Annual administration report of the Civil Veterinary Department of India - 1895-1896
Year: 1895
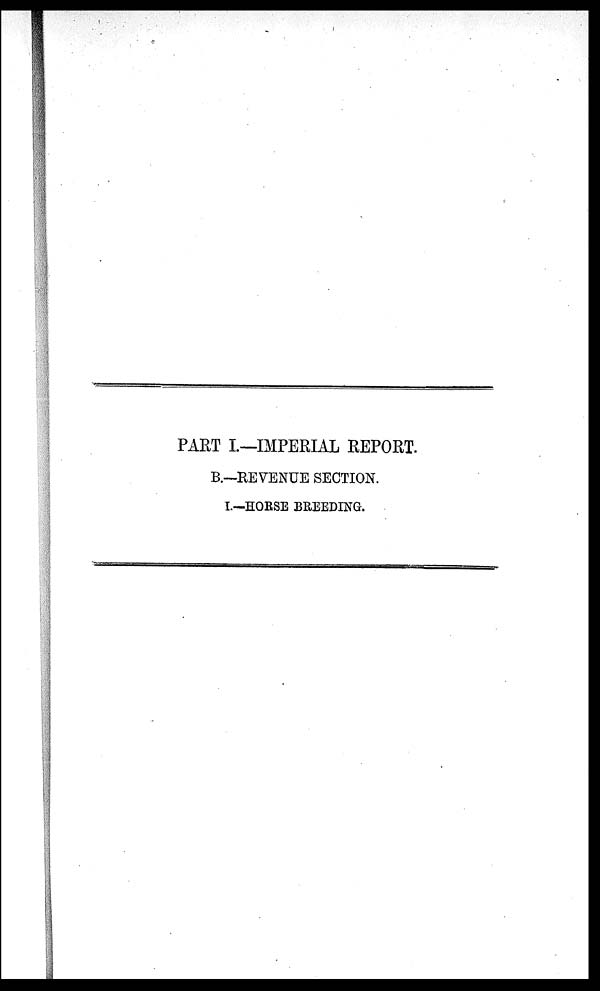
PART I.—IMPERIAL REPORT.
B.—REVENUE SECTION.
I.—HORSE BREEDING.